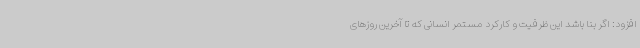
افزود: اگر بنا باشد این ظرفیت و کارکرد مستمر انسانی که تا آخرین روزهای